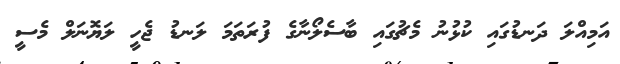
އަމިއްލަ ދަނޑުގައި ކުޅުނު މެޗުގައި ބާސެލޯނާގެ ފުރަތަމަ ލަނޑު ޖެހީ ލަޔޮނަލް މެސީ